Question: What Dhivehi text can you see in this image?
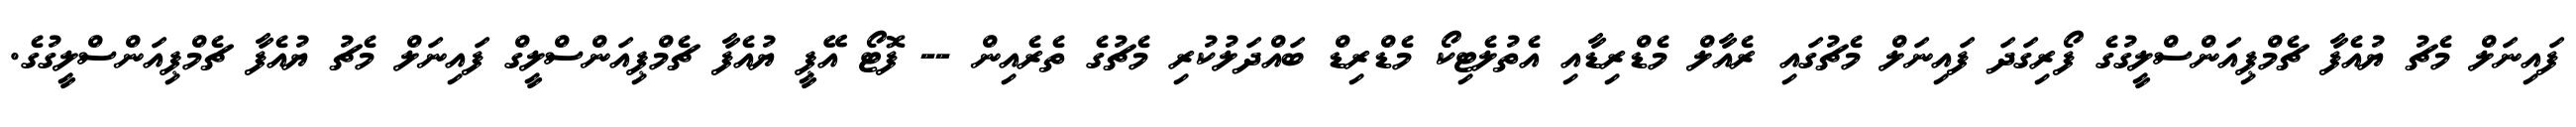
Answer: ފައިނަލް މެޗު ޔުއެފާ ޗެމްޕިއަންސްލީގުގެ ފޯރިގަދަ ފައިނަލް މެޗުގައި ރެއާލް މެޑްރިޑާއި އެތުލެޓިކޯ މެޑްރިޑް ބައްދަލުކުރި މެޗުގެ ތެރެއިން -- ފޮޓޯ އޭޕީ ޔުއެފާ ޗެމްޕިއަންސްލީގް ފައިނަލް މެޗު ޔުއެފާ ޗެމްޕިއަންސްލީގުގެ.